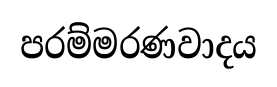
පරම්මරණවාදය